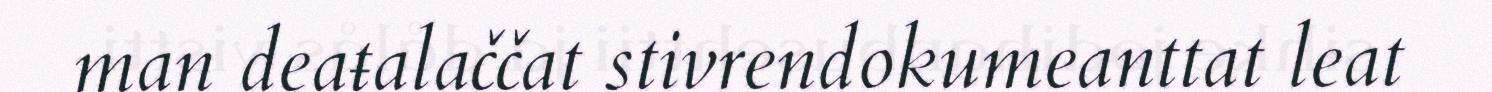
man deaŧalaččat stivrendokumeanttat leat